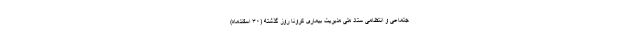
جتماعی و انتظامی ستاد ملی مدیریت بیماری کرونا روز گذشته (۳۰ اسفندماه)